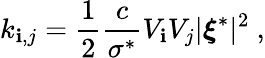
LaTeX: k_{\mathbf{i},j}=\frac{{1}}{{2}}\frac{{c}}{{\sigma^{*}}}V_{\mathbf{i}}V_{j}|\boldsymbol{\xi}^{*}|^{2}\ ,